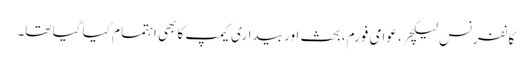
کانفرنس لیکچر، عوامی فورم، بحث اور بیداری کیمپ کا بھی اہتمام کیا گیا تھا۔